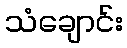
သံချောင်း